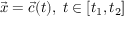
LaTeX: { \vec { x } } = { \vec { c } } ( t ) , \; t \in [ t _ { 1 } , t _ { 2 } ]